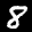
Label: 8